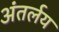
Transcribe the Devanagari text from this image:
अंतर्लय